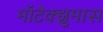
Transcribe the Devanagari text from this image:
मॉटेक्झुमास